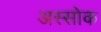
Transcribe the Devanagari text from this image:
अस्सोक